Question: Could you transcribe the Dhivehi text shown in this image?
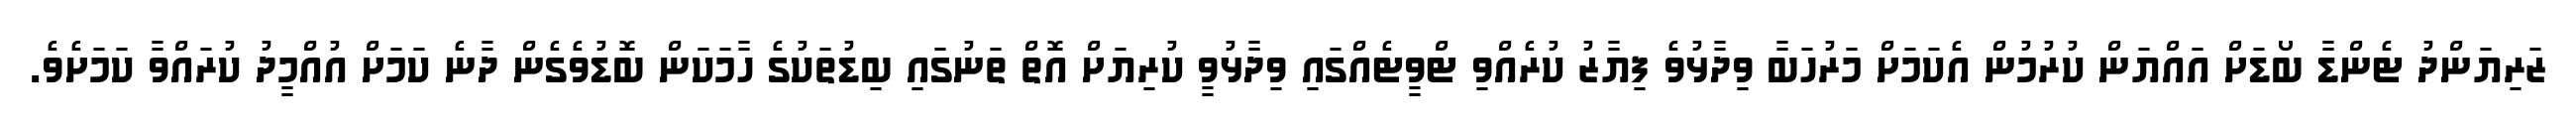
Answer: ޒަރިޔަންދު ޓެންޑާ ބޯޑަށް އައްޔަން ކުރުމުން އެކަމަށް މަރުހަބާ ވިދާޅުވެ ފިޔާޒު ކުރެއްވި ޓްވީޓެއްގައި ވިދާޅުވީ ކުރިޔަށް އޮތް ތަނުގައި ބިޑުތަކުގެ ހާމަކަން ބޮޑުވެގެން ދާނެ ކަމަށް އުއްމީދު ކުރައްވާ ކަމަށެވެ.